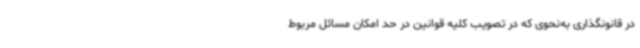
در قانونگذاری به‌نحوی که در تصویب کلیه قوانین در حد امکان مسائل مربوط